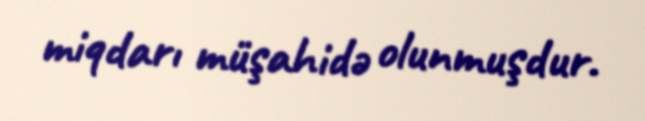
miqdarı müşahidə olunmuşdur.